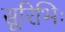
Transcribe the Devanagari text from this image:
सूरिभिः